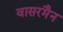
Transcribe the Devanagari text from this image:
वासरमैन